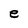
Character: e